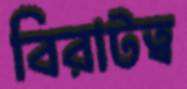
বিরাটত্ব